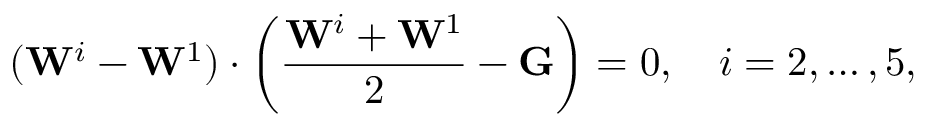
( \mathbf { W } ^ { i } - \mathbf { W } ^ { 1 } ) \cdot \left( { \frac { \mathbf { W } ^ { i } + \mathbf { W } ^ { 1 } } { 2 } } - \mathbf { G } \right) = 0 , \quad i = 2 , \ldots , 5 ,